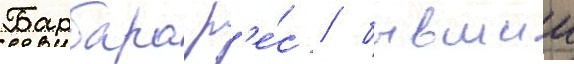
Барбара р'е́с / бывшии